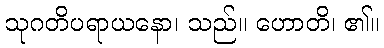
သုဂတိပရာယနော၊ သည်။ ဟောတိ၊ ၏။